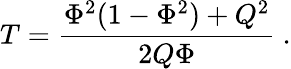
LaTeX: T={\frac{\Phi^{2}(1-\Phi^{2})+Q^{2}}{2Q\Phi}}\ .